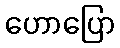
ဟောပြော